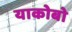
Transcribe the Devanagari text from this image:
याकोबो